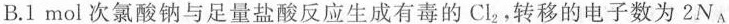
B.1mol次氯酸钠与足量盐酸反应生成有毒的Cl_{ 2 }，转移的电子数为2N_{A}